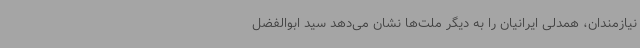
نیازمندان، همدلی ایرانیان را به دیگر ملت‌ها نشان می‌دهد سید ابوالفضل